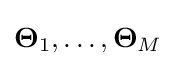
\mathbf {\Theta } _{1},\ldots ,\mathbf {\Theta } _{M}